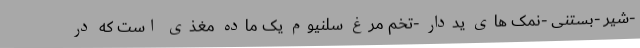
-شیر -بستنی -نمک های یددار -تخم مرغ سلنیوم یک ماده مغذی است که در